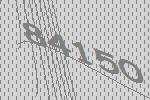
84150